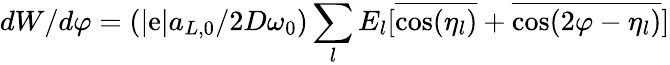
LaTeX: dW/d\varphi=(|\mathrm{e}|a_{L,0}/2D\omega_{0})\sum_{l}{E_{l}[\overline{{{\cos(\eta_{l})}}}+\overline{{{\cos(2\varphi-\eta_{l})}}}]}